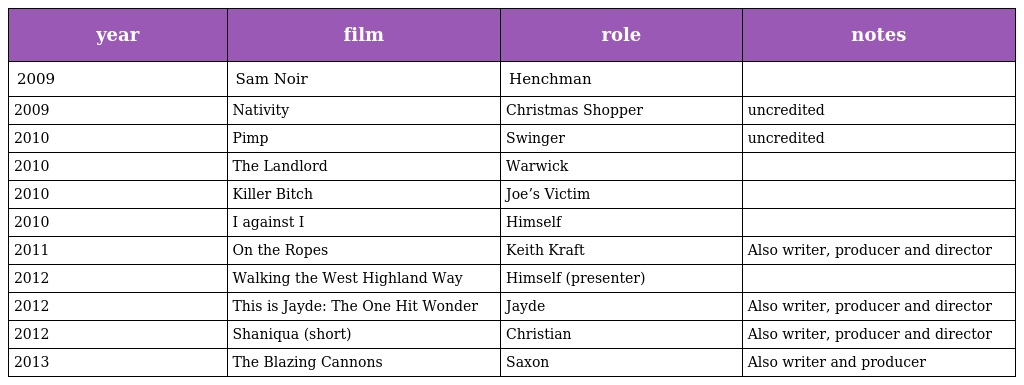
| year | film | role | notes |
 | --- | --- | --- | --- |
 | 2009 | Sam Noir | Henchman |  |
 | 2009 | Nativity | Christmas Shopper | uncredited |
 | 2010 | Pimp | Swinger | uncredited |
 | 2010 | The Landlord | Warwick |  |
 | 2010 | Killer Bitch | Joe’s Victim |  |
 | 2010 | I against I | Himself |  |
 | 2011 | On the Ropes | Keith Kraft | Also writer, producer and director |
 | 2012 | Walking the West Highland Way | Himself (presenter) |  |
 | 2012 | This is Jayde: The One Hit Wonder | Jayde | Also writer, producer and director |
 | 2012 | Shaniqua (short) | Christian | Also writer, producer and director |
 | 2013 | The Blazing Cannons | Saxon | Also writer and producer |